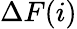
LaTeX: \Delta F(i)